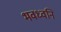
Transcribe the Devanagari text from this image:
भवध्वनि